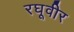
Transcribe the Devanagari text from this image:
रघूवीर